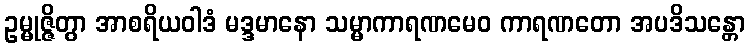
ဥမ္မုဇ္ဇိတွာ အာစရိယဝါဒံ မဒ္ဒမာနော သမ္မာကာရဏမေဝ ကာရဏတော အပဒိသန္တော